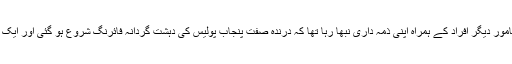
مرکزی قیادت کی ہدایت پر ’القادریہ‘ کی حفاظت پر مامور دیگر افراد کے ہمراہ اپنی ذمہ داری نبھا رہا تھا کہ درندہ صفت پنجاب پولیس کی دہشت گردانہ فائرنگ شروع ہو گئی اور ایک گولی سیدھی محمد شہباز کی گردن میں پیوست ہوگئی۔